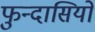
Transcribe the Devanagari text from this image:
फुन्दासियो